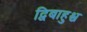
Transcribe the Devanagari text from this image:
द्विबाहुश्च